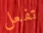
تفعل